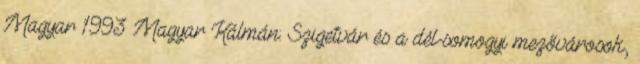
Magyar 1993 Magyar Kálmán: Szigetvár és a dél-somogyi mezővárosok,